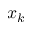
x _ { k }